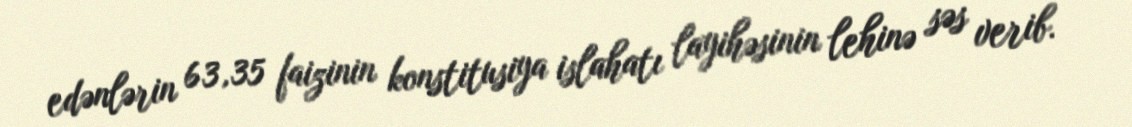
edənlərin 63,35 faizinin konstitusiya islahatı layihəsinin lehinə səs verib.